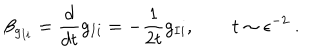
\beta _ { g _ { I i } } = \frac { d } { d t } g _ { I i } = - \frac { 1 } { 2 t } g _ { I i } , \qquad t \sim \epsilon ^ { - 2 } ~ .